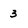
Character: 3